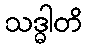
သဒ္ဓါတိ